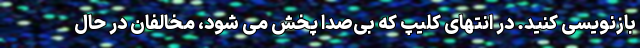
بازنویسی کنید. در انتهای کلیپ که بی‌صدا پخش می شود، مخالفان در حال